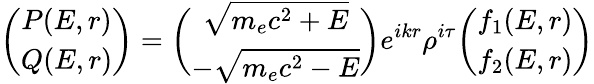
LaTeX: \biggl(\begin{array}{cc}{P(E,r)}\\ {Q(E,r)}\end{array}\biggr)=\biggl(\begin{array}{cc}{\sqrt{m_{e}c^{2}+E}}\\ {-\sqrt{m_{e}c^{2}-E}}\end{array}\biggr)e^{ikr}\rho^{i\tau}\biggl(\begin{array}{cc}{f_{1}(E,r)}\\ {f_{2}(E,r)}\end{array}\biggr)